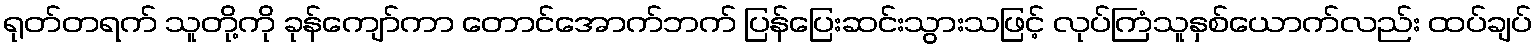
ရုတ်တရက် သူတို့ကို ခုန်ကျော်ကာ တောင်အောက်ဘက် ပြန်ပြေးဆင်းသွားသဖြင့် လုပ်ကြံသူနှစ်ယောက်လည်း ထပ်ချပ်